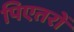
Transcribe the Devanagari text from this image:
पिएतरों